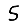
Digit: 5